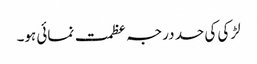
لڑکی کی حد درجہ عظمت نمائی ہو۔